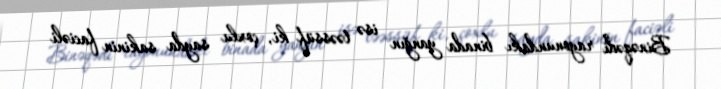
Binəqədi rayonundakı binada yanğın isə təəssüf ki, çoxlu sayda sakinin faciəli